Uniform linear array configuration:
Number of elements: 12
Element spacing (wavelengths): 0.5
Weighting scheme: binomial
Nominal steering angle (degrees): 0
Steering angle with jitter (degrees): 0.5443
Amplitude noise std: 0.05
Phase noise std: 0.05

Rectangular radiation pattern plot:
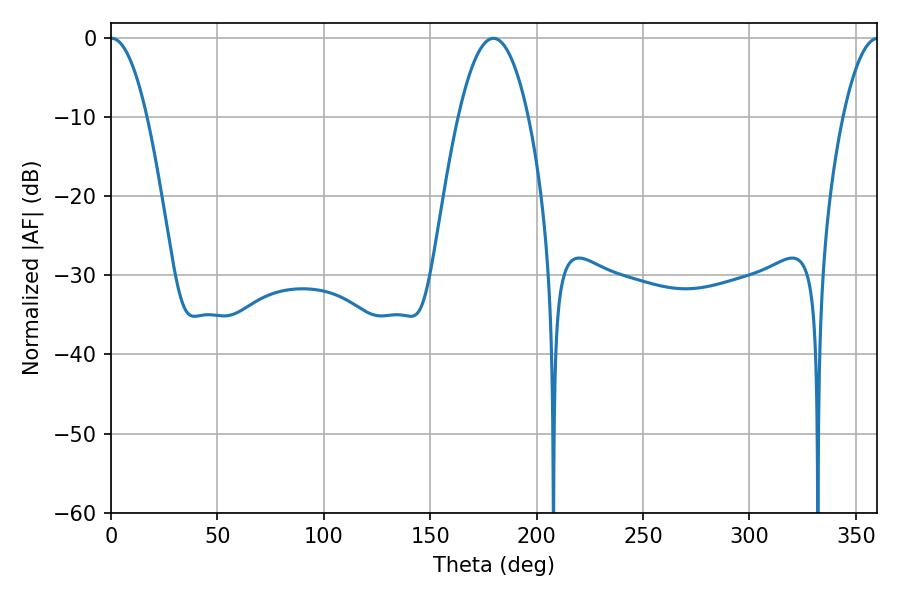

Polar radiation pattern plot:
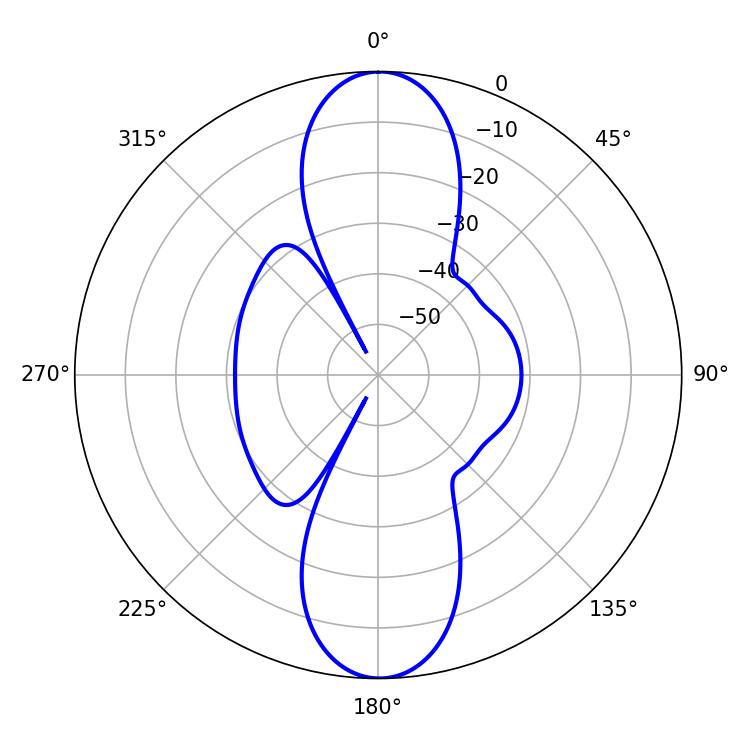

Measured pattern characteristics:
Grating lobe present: FALSE
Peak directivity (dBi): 27.204
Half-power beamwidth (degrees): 9.36
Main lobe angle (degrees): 0.36